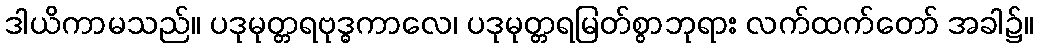
ဒါယိကာမသည်။ ပဒုမုတ္တရဗုဒ္ဓကာလေ၊ ပဒုမုတ္တရမြတ်စွာဘုရား လက်ထက်တော် အခါ၌။